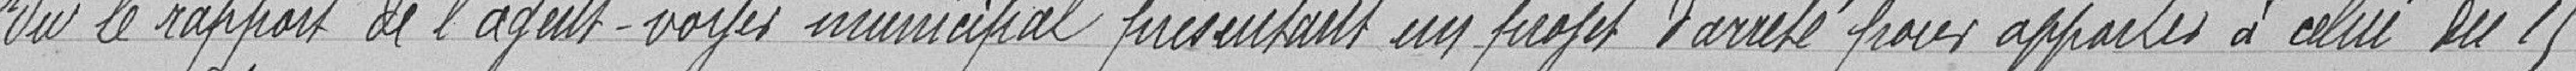
Vu le rapport de l'agent-voyer municipal présentant un sujet d'arrêté pour apporter à celui du 15